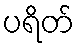
ပရိတ်